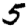
Digit: 5